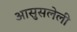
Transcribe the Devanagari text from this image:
आसुसलेली